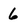
Character: 6